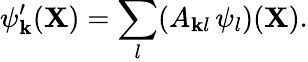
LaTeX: \psi_{\mathbf{k}}^{\prime}({\mathbf{{X}}})=\sum_{l}(A_{\mathbf{k}l}\, \psi_{l})({\mathbf{{X}}}).